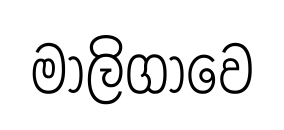
මාලිගාවෙ